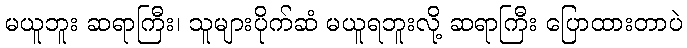
မယူဘူး ဆရာကြီး၊ သူများပိုက်ဆံ မယူရဘူးလို့ ဆရာကြီး ပြောထားတာပဲ